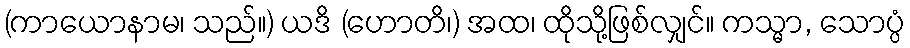
(ကာယောနာမ၊ သည်။) ယဒိ (ဟောတိ၊) အထ၊ ထိုသို့ဖြစ်လျှင်။ ကသ္မာ, သောပ္ပံ